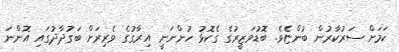
ކަމަށް ސަރުކާރުން ބުންޏެވެ. ބޮޑުވަޒީރުގެ ގެކޮޅު ހުންނަނީ އިރާގުގެ ވެރިރަށް ބަގުދާދުގައި އޮންނަ